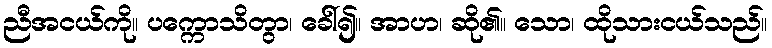
ညီအငယ်ကို။ ပက္ကောသိတွာ၊ ခေါ်၍။ အာဟ၊ ဆို၏။ သော၊ ထိုသားငယ်သည်။